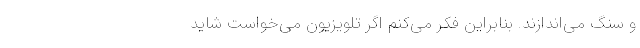
و سنگ می‌اندازند. بنابراین فکر می‌کنم اگر تلویزیون می‌خواست شاید